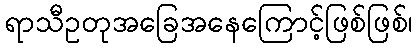
ရာသီဥတုအခြေအနေကြောင့်ဖြစ်ဖြစ်၊